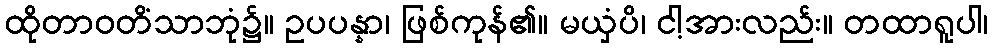
ထိုတာဝတိံသာဘုံ၌။ ဥပပန္နာ၊ ဖြစ်ကုန်၏။ မယှံပိ၊ ငါ့အားလည်း။ တထာရူပါ၊